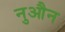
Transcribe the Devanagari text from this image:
नुऔन